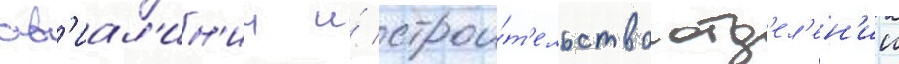
ав'иал'ин'ии и́ строи́т'ельство отд'ел'ен'ии